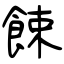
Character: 餗